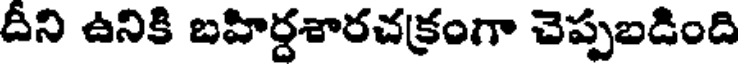
దీని ఉనికి బహిర్దశారచక్రంగా చెప్పబడింది